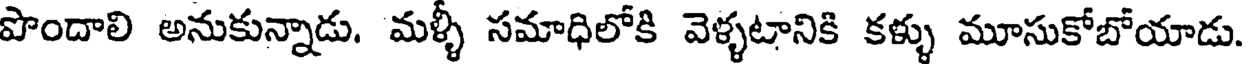
పొందాలి అనుకున్నాడు. మళ్ళీ సమాధిలోకి వెళ్ళటానికి కళ్ళు మూసుకోబోయాడు